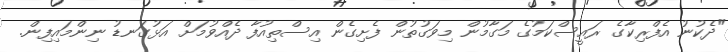
"ދެކުނު އެފްރިކާގެ ރައީސްކަމުގެ މަގާމުން މިވަގުތުން ފެށިގެން އިސްތިއުފާ ދެއްވުމަށް އަޅުގަނޑު ނިންމައިފިން.